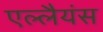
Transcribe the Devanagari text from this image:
एल्लैयंस